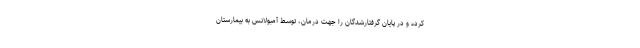
کرده و در پایان گرفتارشدگان را جهت درمان، توسط آمبولانس به بیمارستان